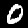
Label: 0